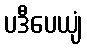
ပဒီပေယျံ